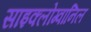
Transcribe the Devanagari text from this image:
साइक्लोग्वानिल